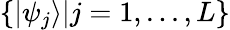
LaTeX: \{ |\psi_{j}\rangle|j=1,...,L\}